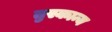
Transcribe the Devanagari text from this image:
तुस्कान्य